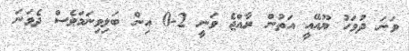
ވަނަ ދުވަހު ޔޫއޭއީ އަތުން ރާއްޖެ ވަނީ 2-0 އިން ބަލިވިނަމަވެސް ދެވަނަ